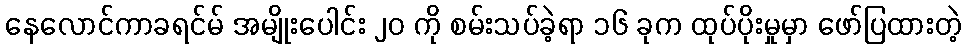
နေလောင်ကာခရင်မ် အမျိုးပေါင်း ၂၀ ကို စမ်းသပ်ခဲ့ရာ ၁၆ ခုက ထုပ်ပိုးမှုမှာ ဖော်ပြထားတဲ့